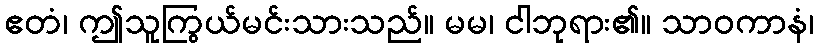
ဧတံ၊ ဤသူကြွယ်မင်းသားသည်။ မမ၊ ငါဘုရား၏။ သာဝကာနံ၊